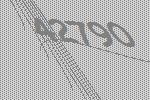
42790